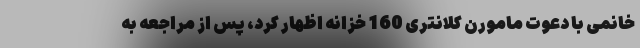
خانمی با دعوت مامورن کلانتری 160 خزانه اظهار کرد، پس از مراجعه به